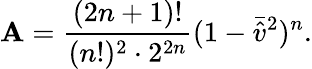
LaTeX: \mathbf{A}=\frac{{(2n+1)!}}{{(n!)^{2}\cdot2^{2n}}}(1-\bar{{\hat{{v}}}}^{2})^{n}.